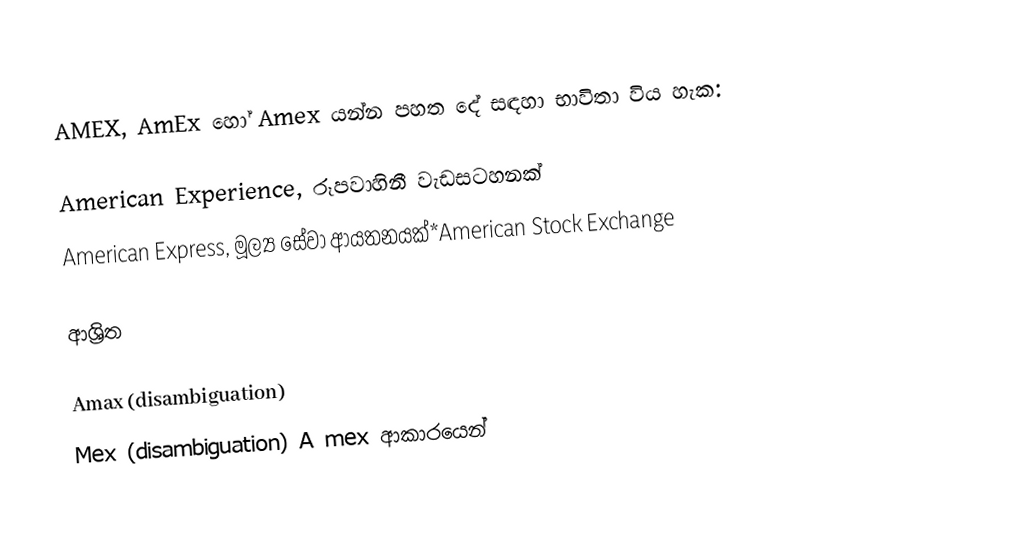
AMEX, AmEx හෝ Amex යන්න පහත දේ සඳහා භාවිතා විය හැක:

American Experience, රූපවාහිනී වැඩසටහනක්
American Express, මූල්‍ය සේවා ආයතනයක්*American Stock Exchange

ආශ්‍රිත

Amax (disambiguation)
Mex (disambiguation) A mex ආකාරයෙන්